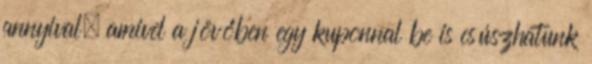
annyival, amivel a jövőben egy kuponnal be is csúszhatunk